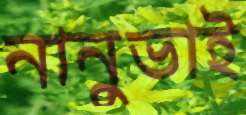
নানুভাই